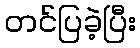
တင်ပြခဲ့ပြီး